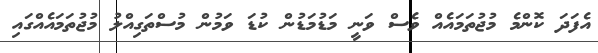
އެފަދަ ކޮންމެ މުޖުތަމައެއް ވެސް ވަނީ މަޑުމަޑުން ކުޑަ ވަމުން މުސްތަގިއްލު މުޖުތަމައެއްގައި